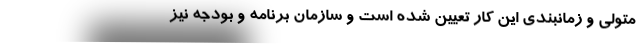
متولی و زمانبندی این کار تعیین شده است و سازمان برنامه و بودجه نیز